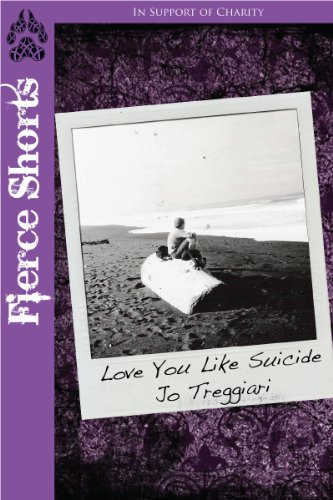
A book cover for Love You Like Suicide (Fierce Shorts Book 2); Jo Treggiari; Teen & Young Adult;